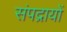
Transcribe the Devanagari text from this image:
संपद्रायों